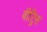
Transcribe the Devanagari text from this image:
वीट्रिस